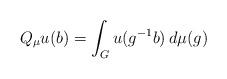
LaTeX: \begin{align*}Q_\mu u(b) = \int_G u(g^{-1} b) \, d\mu(g)\end{align*}